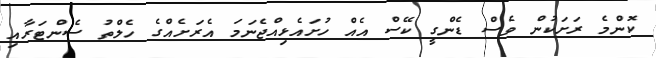
ކޮންމެ ރަށަކުން ވެސް ޑެންގީ ކޭސް އެއް ހުށައެޅިއްޖެނަމަ އެރަށެއްގެ ހެލްތު ސެންޓަރާއި